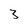
Character: 3